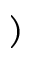
)